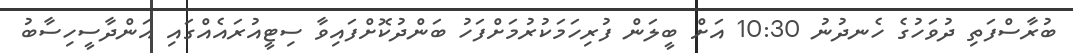
ބުރާސްފަތި ދުވަހުގެ ހެނދުނު 10:30 އަށް ބީލަން ފުރިހަމަކުރުމަށްފަހު ބަންދުކޮށްފައިވާ ސިޓީއުރައެއްގައި އަންދާސީހިސާބު